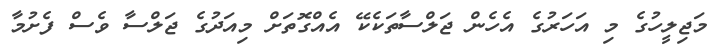
މަޖިލީހުގެ މި އަހަރުގެ އެހެން ޖަލްސާތަކެކޭ އެއްގޮތަށް މިއަދުގެ ޖަލްސާ ވެސް ފެށުމާ